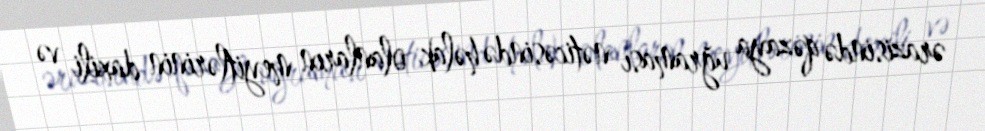
ərazisində qəzaya uğraması nəticəsində həlak olanların meyitlərinin daxili və